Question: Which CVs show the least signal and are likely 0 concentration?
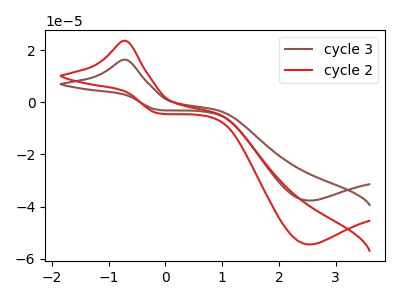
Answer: <think>The brown curve "cycle 3" has an anodic peak at (-0.70V, 16.30uA) and a cathodic peak at (2.55V, -37.70uA). The red curve "cycle 2" has an anodic peak at (-0.70V, 23.55uA) and a cathodic peak at (2.55V, -54.50uA).</think>
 <answer>There are not any CV's on this graph that are likely to be blanks.</answer>
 <eval>none</eval>